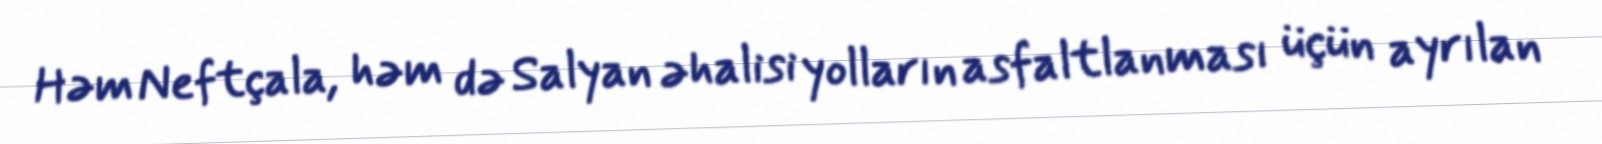
Həm Neftçala, həm də Salyan əhalisi yolların asfaltlanması üçün ayrılan